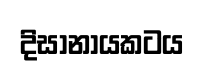
දිසානායකටය